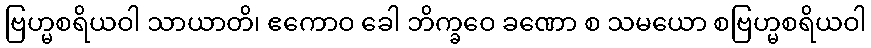
ဗြဟ္မစရိယဝါ သာယာတိ၊ ဧကောဝ ခေါ ဘိက္ခဝေ ခဏော စ သမယော စဗြဟ္မစရိယဝါ